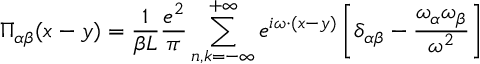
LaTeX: \Pi _ { \alpha \beta } ( x - y ) = \frac { 1 } { \beta L } \frac { e ^ { 2 } } { \pi } \sum _ { n , k = - \infty } ^ { + \infty } e ^ { i \omega \cdot ( x - y ) } \left[ \delta _ { \alpha \beta } - \frac { \omega _ { \alpha } \omega _ { \beta } } { \omega ^ { 2 } } \right]